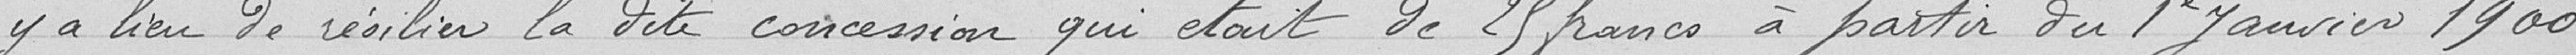
Il y a lieu de résilier la dite concession qui était de 25 francs à partir du 1er janvier  1900.